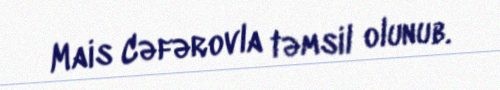
Mais Cəfərovla təmsil olunub.